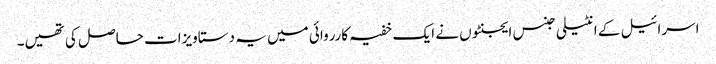
اسرائیل کے انٹیلی جنس ایجنٹوں نے ایک خفیہ کارروائی میں یہ دستاویزات حاصل کی تھیں۔